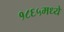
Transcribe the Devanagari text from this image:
१८६५मध्ये